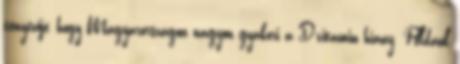
tényezője, hogy Magyarországon nagyon gyakori a D-vitamin hiány. Például